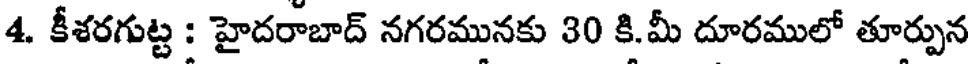
4. కీశరగుట్ట : హైదరాబాద్ నగరమునకు 30 కి.మీ దూరములో తూర్పున